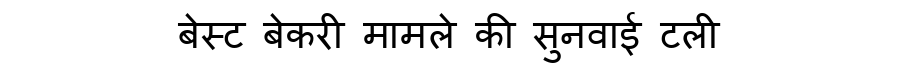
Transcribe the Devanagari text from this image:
बेस्ट बेकरी मामले की सुनवाई टली